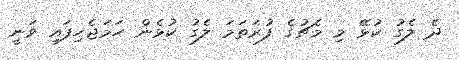
ދެ ލެގު ކުޅޭ މި މެޗުގެ ފުރަތަމަ ލެގު ކުޅެން ހަމަޖެހިފައި ވަނީ